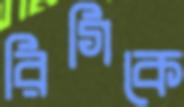
রিগিকে